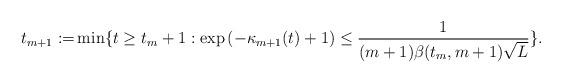
LaTeX: \begin{align*}t_{m+1} :=&\min \{t\ge t_{m} +1:\exp \left(-{\kappa_{m+1}}(t)+1 \right)\le \frac{1}{(m+1)\beta(t_{m},m+1)\sqrt{L} }\}.\end{align*}